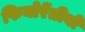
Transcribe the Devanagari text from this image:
फियोरेंतीबो